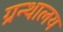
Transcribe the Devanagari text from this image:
ग्रन्‍थालय